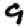
Digit: 9